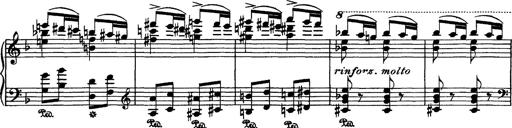
Title: Hungarian Rhapsody No.7
Composer: Franz Liszt
Key: D minor